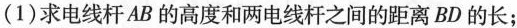
(1) 求电线杆AB的高度和两电线杆之间的距离BD的长；